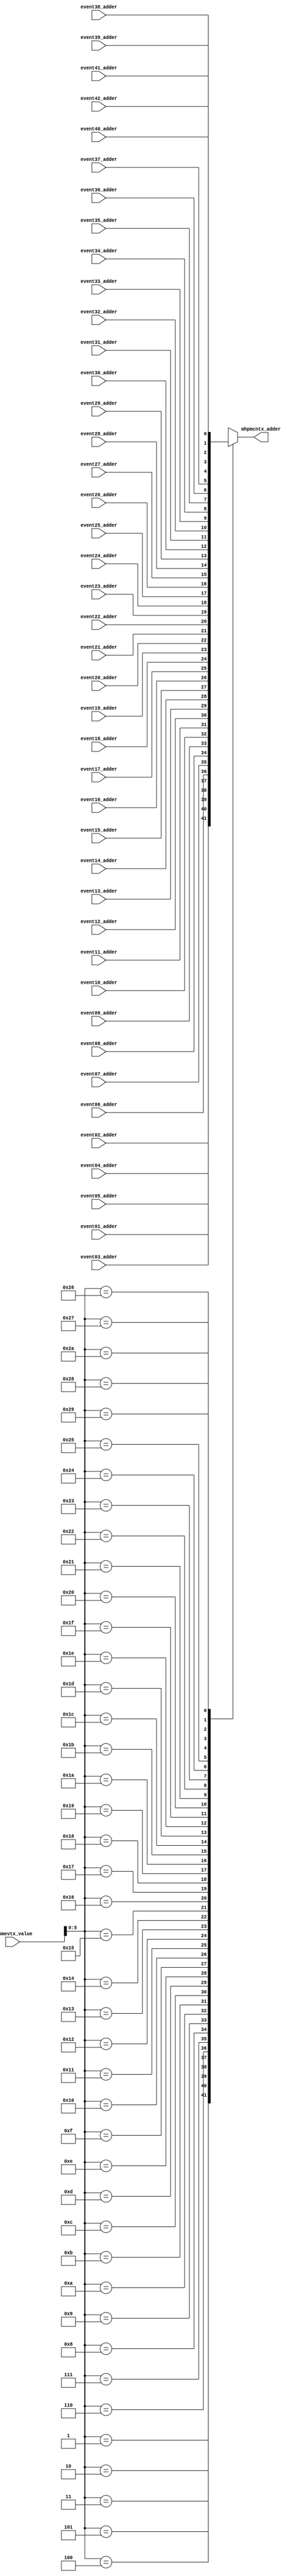
/*Copyright 2020-2021 T-Head Semiconductor Co., Ltd.

Licensed under the Apache License, Version 2.0 (the "License");
you may not use this file except in compliance with the License.
You may obtain a copy of the License at

    http://www.apache.org/licenses/LICENSE-2.0

Unless required by applicable law or agreed to in writing, software
distributed under the License is distributed on an "AS IS" BASIS,
WITHOUT WARRANTIES OR CONDITIONS OF ANY KIND, either express or implied.
See the License for the specific language governing permissions and
limitations under the License.
*/

// &ModuleBeg; @22
module aq_hpcp_adder_sel(
  event01_adder,
  event02_adder,
  event03_adder,
  event04_adder,
  event05_adder,
  event06_adder,
  event07_adder,
  event08_adder,
  event09_adder,
  event10_adder,
  event11_adder,
  event12_adder,
  event13_adder,
  event14_adder,
  event15_adder,
  event16_adder,
  event17_adder,
  event18_adder,
  event19_adder,
  event20_adder,
  event21_adder,
  event22_adder,
  event23_adder,
  event24_adder,
  event25_adder,
  event26_adder,
  event27_adder,
  event28_adder,
  event29_adder,
  event30_adder,
  event31_adder,
  event32_adder,
  event33_adder,
  event34_adder,
  event35_adder,
  event36_adder,
  event37_adder,
  event38_adder,
  event39_adder,
  event40_adder,
  event41_adder,
  event42_adder,
  mhpmcntx_adder,
  mhpmevtx_value
);

// &Ports; @23
input           event01_adder; 
input           event02_adder; 
input           event03_adder; 
input           event04_adder; 
input           event05_adder; 
input           event06_adder; 
input           event07_adder; 
input           event08_adder; 
input           event09_adder; 
input           event10_adder; 
input           event11_adder; 
input           event12_adder; 
input           event13_adder; 
input           event14_adder; 
input           event15_adder; 
input           event16_adder; 
input           event17_adder; 
input           event18_adder; 
input           event19_adder; 
input           event20_adder; 
input           event21_adder; 
input           event22_adder; 
input           event23_adder; 
input           event24_adder; 
input           event25_adder; 
input           event26_adder; 
input           event27_adder; 
input           event28_adder; 
input           event29_adder; 
input           event30_adder; 
input           event31_adder; 
input           event32_adder; 
input           event33_adder; 
input           event34_adder; 
input           event35_adder; 
input           event36_adder; 
input           event37_adder; 
input           event38_adder; 
input           event39_adder; 
input           event40_adder; 
input           event41_adder; 
input           event42_adder; 
input   [63:0]  mhpmevtx_value; 
output          mhpmcntx_adder; 

// &Regs; @24
reg             mhpmcntx_adder; 

// &Wires @25
wire            event01_adder; 
wire            event02_adder; 
wire            event03_adder; 
wire            event04_adder; 
wire            event05_adder; 
wire            event06_adder; 
wire            event07_adder; 
wire            event08_adder; 
wire            event09_adder; 
wire            event10_adder; 
wire            event11_adder; 
wire            event12_adder; 
wire            event13_adder; 
wire            event14_adder; 
wire            event15_adder; 
wire            event16_adder; 
wire            event17_adder; 
wire            event18_adder; 
wire            event19_adder; 
wire            event20_adder; 
wire            event21_adder; 
wire            event22_adder; 
wire            event23_adder; 
wire            event24_adder; 
wire            event25_adder; 
wire            event26_adder; 
wire            event27_adder; 
wire            event28_adder; 
wire            event29_adder; 
wire            event30_adder; 
wire            event31_adder; 
wire            event32_adder; 
wire            event33_adder; 
wire            event34_adder; 
wire            event35_adder; 
wire            event36_adder; 
wire            event37_adder; 
wire            event38_adder; 
wire            event39_adder; 
wire            event40_adder; 
wire            event41_adder; 
wire            event42_adder; 
wire    [63:0]  mhpmevtx_value; 




// &Force("bus","mhpmevtx_value",63,0); @29
// &CombBeg; @30
always @( event06_adder
       or event41_adder
       or event07_adder
       or event21_adder
       or event32_adder
       or event10_adder
       or event13_adder
       or event05_adder
       or event04_adder
       or event19_adder
       or event36_adder
       or event29_adder
       or event15_adder
       or event16_adder
       or event11_adder
       or event39_adder
       or event33_adder
       or event27_adder
       or event20_adder
       or event17_adder
       or event23_adder
       or event24_adder
       or event01_adder
       or event26_adder
       or event30_adder
       or event25_adder
       or event09_adder
       or event42_adder
       or event34_adder
       or event02_adder
       or event03_adder
       or event28_adder
       or event35_adder
       or event37_adder
       or event18_adder
       or event38_adder
       or event31_adder
       or event12_adder
       or event40_adder
       or mhpmevtx_value[5:0]
       or event14_adder
       or event22_adder
       or event08_adder)
begin
case(mhpmevtx_value[5:0])
  6'd1   : mhpmcntx_adder = event01_adder;
  6'd2   : mhpmcntx_adder = event02_adder;
  6'd3   : mhpmcntx_adder = event03_adder;
  6'd4   : mhpmcntx_adder = event04_adder;
  6'd5   : mhpmcntx_adder = event05_adder;
  6'd6   : mhpmcntx_adder = event06_adder;
  6'd7   : mhpmcntx_adder = event07_adder;
  6'd8   : mhpmcntx_adder = event08_adder;
  6'd9   : mhpmcntx_adder = event09_adder;
  6'd10  : mhpmcntx_adder = event10_adder;
  6'd11  : mhpmcntx_adder = event11_adder;
  6'd12  : mhpmcntx_adder = event12_adder;
  6'd13  : mhpmcntx_adder = event13_adder;
  6'd14  : mhpmcntx_adder = event14_adder;
  6'd15  : mhpmcntx_adder = event15_adder;
  6'd16  : mhpmcntx_adder = event16_adder;
  6'd17  : mhpmcntx_adder = event17_adder;
  6'd18  : mhpmcntx_adder = event18_adder;
  6'd19  : mhpmcntx_adder = event19_adder;
  6'd20  : mhpmcntx_adder = event20_adder;
  6'd21  : mhpmcntx_adder = event21_adder;
  6'd22  : mhpmcntx_adder = event22_adder;
  6'd23  : mhpmcntx_adder = event23_adder;
  6'd24  : mhpmcntx_adder = event24_adder;
  6'd25  : mhpmcntx_adder = event25_adder;
  6'd26  : mhpmcntx_adder = event26_adder;
  6'd27  : mhpmcntx_adder = event27_adder;
  6'd28  : mhpmcntx_adder = event28_adder;
  6'd29  : mhpmcntx_adder = event29_adder;
  6'd30  : mhpmcntx_adder = event30_adder;
  6'd31  : mhpmcntx_adder = event31_adder;
  6'd32  : mhpmcntx_adder = event32_adder;
  6'd33  : mhpmcntx_adder = event33_adder;
  6'd34  : mhpmcntx_adder = event34_adder;
  6'd35  : mhpmcntx_adder = event35_adder;
  6'd36  : mhpmcntx_adder = event36_adder;
  6'd37  : mhpmcntx_adder = event37_adder;
  6'd38  : mhpmcntx_adder = event38_adder;
  6'd39  : mhpmcntx_adder = event39_adder;
  6'd40  : mhpmcntx_adder = event40_adder;
  6'd41  : mhpmcntx_adder = event41_adder;
  6'd42  : mhpmcntx_adder = event42_adder;
  default: mhpmcntx_adder = 1'bx;
endcase
// &CombEnd; @76
end

// &ModuleEnd; @78
endmodule